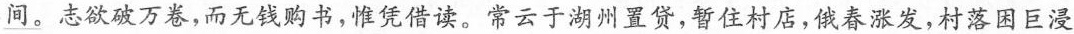
间。志欲破万卷，而无钱购书，惟凭借读。常云于湖州置贷，暂住村店，俄春涨发，村落困巨浸